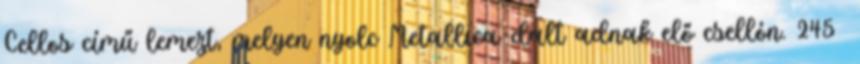
Cellos című lemezt, melyen nyolc Metallica-dalt adnak elő csellón. 245